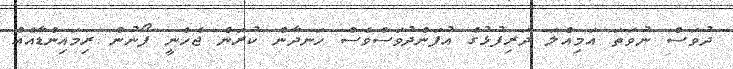
ދުވަސް ނުވަތަ އަމިއްލަ ދަރިފުޅުގެ އުފަންދުވަސްވެސް ހަނދާން ކުރަން ޖެހެނީ ފޯނުން ރިމައިންޑާއެއް